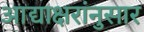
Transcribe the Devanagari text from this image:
आद्याक्षरांनुसार